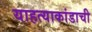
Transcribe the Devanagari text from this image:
याहत्याकांडाची